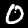
Label: 0